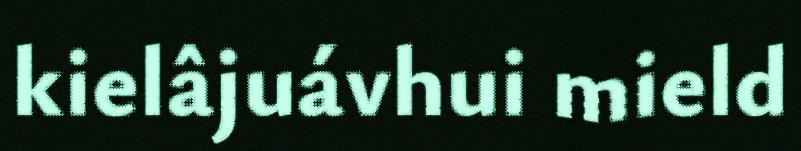
kielâjuávhui mield